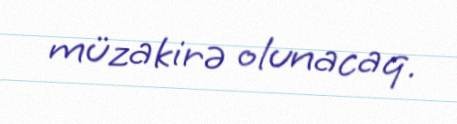
müzakirə olunacaq.